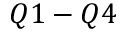
Q 1 - Q 4